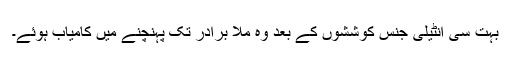
بہت سی انٹیلی جنس کوششوں کے بعد وہ ملا برادر تک پہنچنے میں کامیاب ہوئے۔